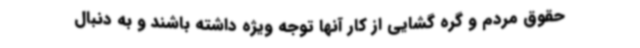
حقوق مردم و گره گشایی از کار آنها توجه ویژه داشته باشند و به دنبال